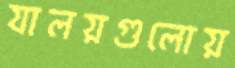
যালয়গুলোয়